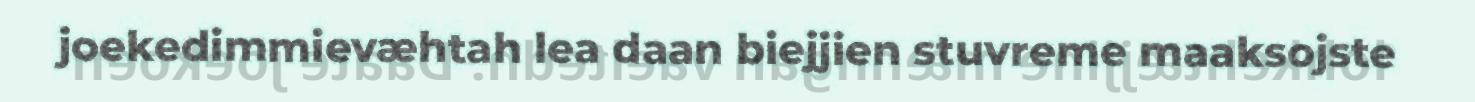
joekedimmievæhtah lea daan biejjien stuvreme maaksojste